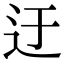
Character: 迂